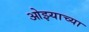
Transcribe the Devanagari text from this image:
ओझ्याच्या